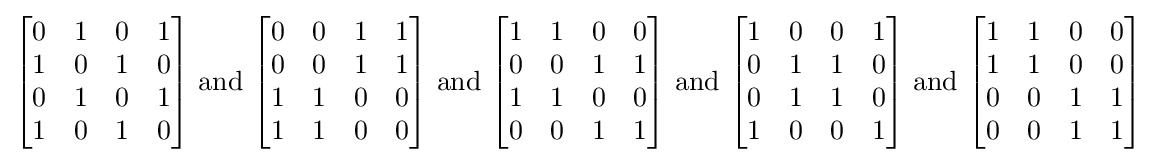
{\begin{bmatrix}0&1&0&1\\1&0&1&0\\0&1&0&1\\1&0&1&0\end{bmatrix}}{\text{ and }}{\begin{bmatrix}0&0&1&1\\0&0&1&1\\1&1&0&0\\1&1&0&0\end{bmatrix}}{\text{ and }}{\begin{bmatrix}1&1&0&0\\0&0&1&1\\1&1&0&0\\0&0&1&1\end{bmatrix}}{\text{ and }}{\begin{bmatrix}1&0&0&1\\0&1&1&0\\0&1&1&0\\1&0&0&1\end{bmatrix}}{\text{ and }}{\begin{bmatrix}1&1&0&0\\1&1&0&0\\0&0&1&1\\0&0&1&1\end{bmatrix}}